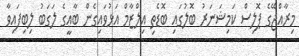
މިރާއްޖޭގެ ޕޮލިސް ކަމިޝަނަރު ބޮލުގައި ބޮޑެތި އިލްޒާމް އަޅުވައިގެން ބާޢީގެ ލަގަބު ލިބިފައިވާ